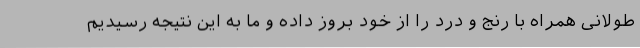
طولانی همراه با رنج و درد را از خود بروز داده و ما به این نتیجه رسیدیم